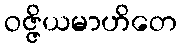
ဝဇ္ဇိယမာဟိတေ